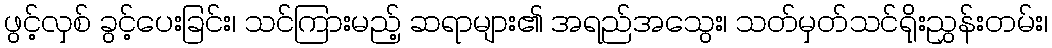
ဖွင့်လှစ် ခွင့်ပေးခြင်း၊ သင်ကြားမည့် ဆရာများ၏ အရည်အသွေး၊ သတ်မှတ်သင်ရိုးညွှန်းတမ်း၊